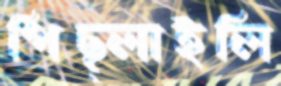
পিছ্‌লাইলি